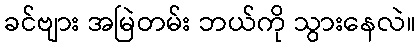
ခင်ဗျား အမြဲတမ်း ဘယ်ကို သွားနေလဲ။